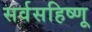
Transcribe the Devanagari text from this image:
सर्वसहिष्णू